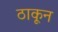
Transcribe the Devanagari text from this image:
ठाकून